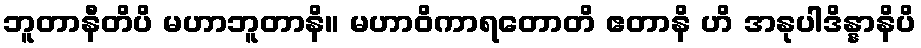
ဘူတာနီတိပိ မဟာဘူတာနိ။ မဟာဝိကာရတောတိ ဧတာနိ ဟိ အနုပါဒိန္နာနိပိ